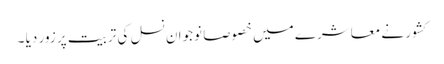
کشور نے معاشرے میں خصوصا نوجوان نسل کی تربیت پر زور دیا ۔